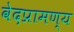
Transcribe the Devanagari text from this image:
वेदप्रामण्य